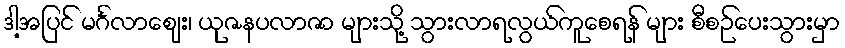
ဒါ့အပြင် မင်္ဂလာဈေး၊ ယုဇနပလာဇာ များသို့ သွားလာရလွယ်ကူစေရန် များ စီစဉ်ပေးသွားမှာ